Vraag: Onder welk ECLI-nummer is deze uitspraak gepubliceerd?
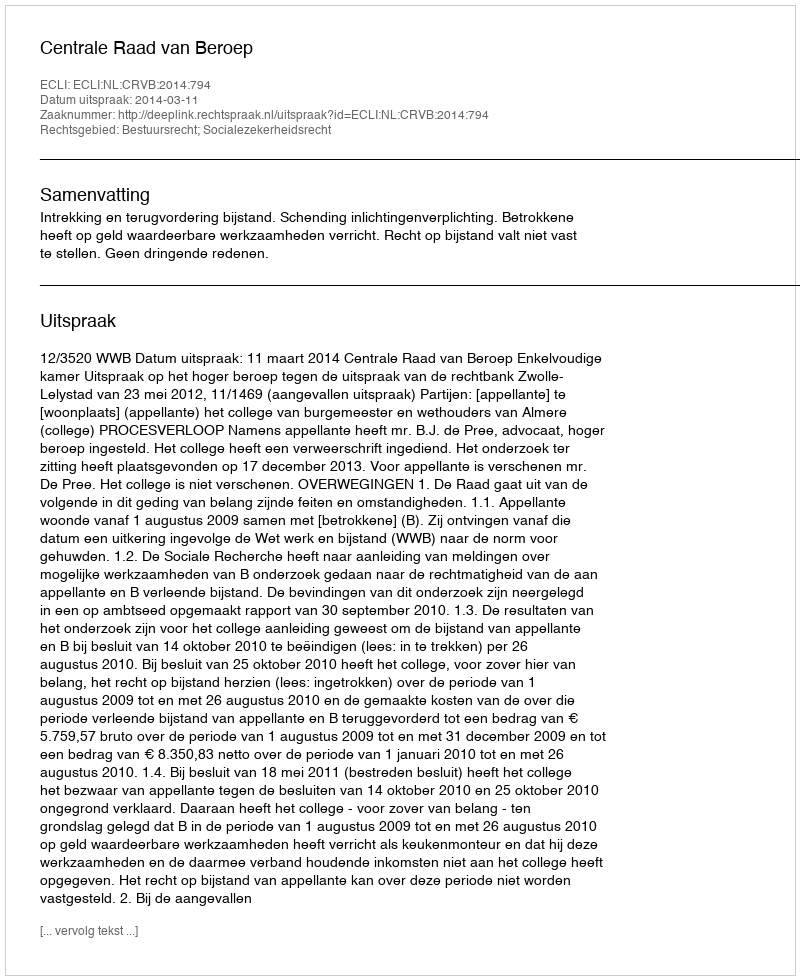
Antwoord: ECLI:NL:CRVB:2014:794